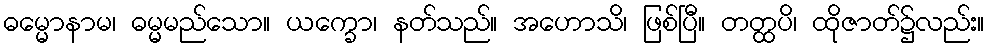
ဓမ္မောနာမ၊ ဓမ္မမည်သော။ ယက္ခော၊ နတ်သည်။ အဟောသိ၊ ဖြစ်ပြီ။ တတ္ထပိ၊ ထိုဇာတ်၌လည်း။